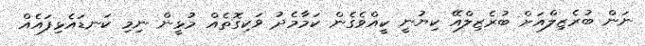
ނަން ބުރެޒިލްއަށް ބުރެޒިލްއޭ ކިޔުނީ ކީއްވެގެން ކަމާމެދު ވަކިގޮތެއް މުޅީން ނިމި ކަނޑައެޅިފައެއް